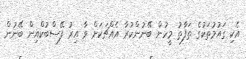
އެކި ގައުމުތަކުގެ ތަފާތު މީހުން ބޭނުންކުރާ އެއްޗަކަށް ވާ އިރު ފޭސްބުކްއިން ބޭނުން